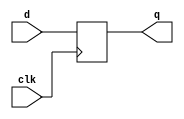
`timescale 1ns / 1ps
//////////////////////////////////////////////////////////////////////////////////
// Company: 
// Engineer: 
// 
// Design Name: 
// Module Name: flop
// Project Name: 
// Target Devices: 
// Tool Versions: 
// Description: 
// 
// Dependencies: 
// 
// Revision:
// Revision 0.01 - File Created
// Additional Comments:
// 
//////////////////////////////////////////////////////////////////////////////////


module flop #(parameter WIDTH = 32) (
    input                     clk,
    input       [WIDTH-1:0]   d,
    output reg  [WIDTH-1:0]   q
    );
    
    always @(posedge clk)
        q <= d;
endmodule